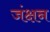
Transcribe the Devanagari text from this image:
जंक्षन